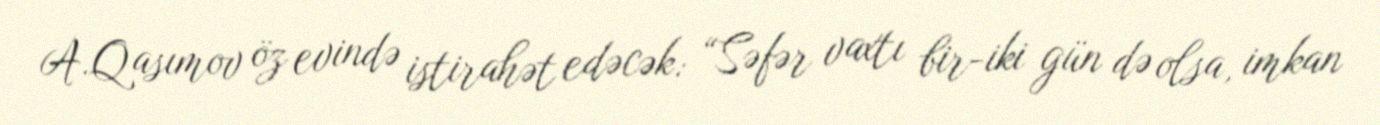
A.Qasımov öz evində istirahət edəcək: “Səfər vaxtı bir-iki gün də olsa, imkan